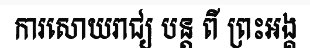
ការសោយរាជ្យ បន្ត ពី ព្រះអង្គ